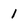
Character: 1